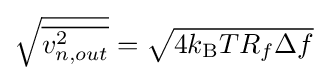
{\sqrt {\overline {v_{n,out}^{2}}}}={\sqrt {4k_{\text{B}}TR_{f}\Delta f}}